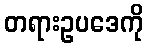
တရားဥပဒေကို